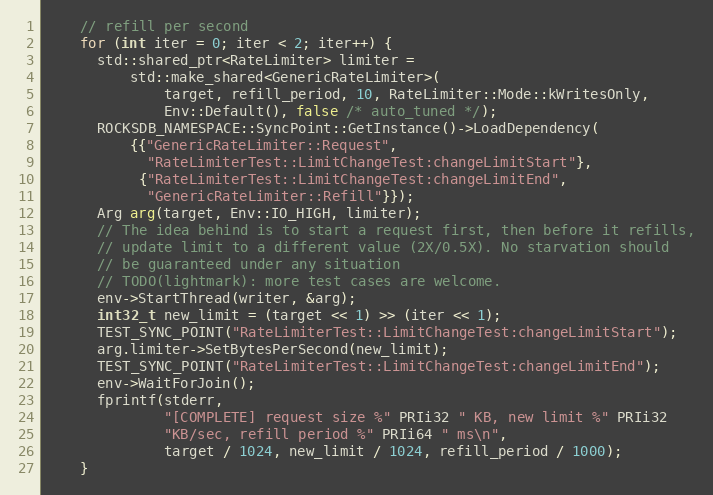
Language: C++
    // refill per second
    for (int iter = 0; iter < 2; iter++) {
      std::shared_ptr<RateLimiter> limiter =
          std::make_shared<GenericRateLimiter>(
              target, refill_period, 10, RateLimiter::Mode::kWritesOnly,
              Env::Default(), false /* auto_tuned */);
      ROCKSDB_NAMESPACE::SyncPoint::GetInstance()->LoadDependency(
          {{"GenericRateLimiter::Request",
            "RateLimiterTest::LimitChangeTest:changeLimitStart"},
           {"RateLimiterTest::LimitChangeTest:changeLimitEnd",
            "GenericRateLimiter::Refill"}});
      Arg arg(target, Env::IO_HIGH, limiter);
      // The idea behind is to start a request first, then before it refills,
      // update limit to a different value (2X/0.5X). No starvation should
      // be guaranteed under any situation
      // TODO(lightmark): more test cases are welcome.
      env->StartThread(writer, &arg);
      int32_t new_limit = (target << 1) >> (iter << 1);
      TEST_SYNC_POINT("RateLimiterTest::LimitChangeTest:changeLimitStart");
      arg.limiter->SetBytesPerSecond(new_limit);
      TEST_SYNC_POINT("RateLimiterTest::LimitChangeTest:changeLimitEnd");
      env->WaitForJoin();
      fprintf(stderr,
              "[COMPLETE] request size %" PRIi32 " KB, new limit %" PRIi32
              "KB/sec, refill period %" PRIi64 " ms\n",
              target / 1024, new_limit / 1024, refill_period / 1000);
    }